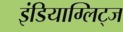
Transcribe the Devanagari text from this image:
इंडियाग्लिट्ज